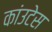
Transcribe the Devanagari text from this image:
कांउटेस